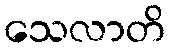
သေလာတိ